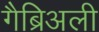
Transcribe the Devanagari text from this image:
गैब्रिअली